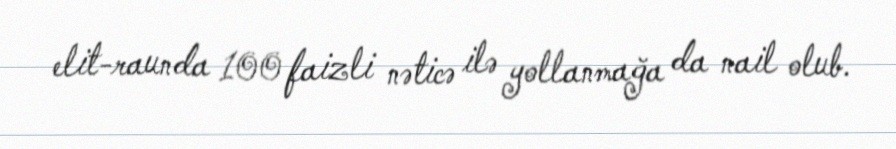
elit-raunda 100 faizli nəticə ilə yollanmağa da nail olub.